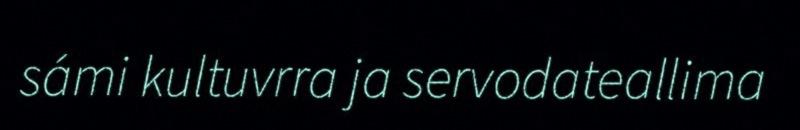
sámi kultuvrra ja servodateallima